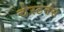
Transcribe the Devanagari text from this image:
चेस्टनस